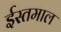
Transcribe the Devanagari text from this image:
ईस्तमाल